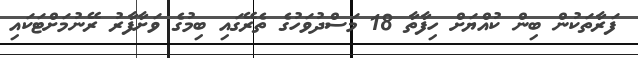
ފަރާތަކުން ބިން ކުއްޔަށް ހިފާތާ 18 މަސްދުވަހުގެ ތެރޭގައި ބިމުގެ ވަށާފާރު ރޭނުމަށްޓަކައި